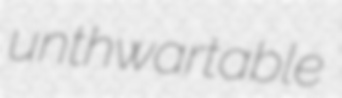
unthwartable